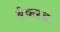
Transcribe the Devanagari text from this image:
बेकरब